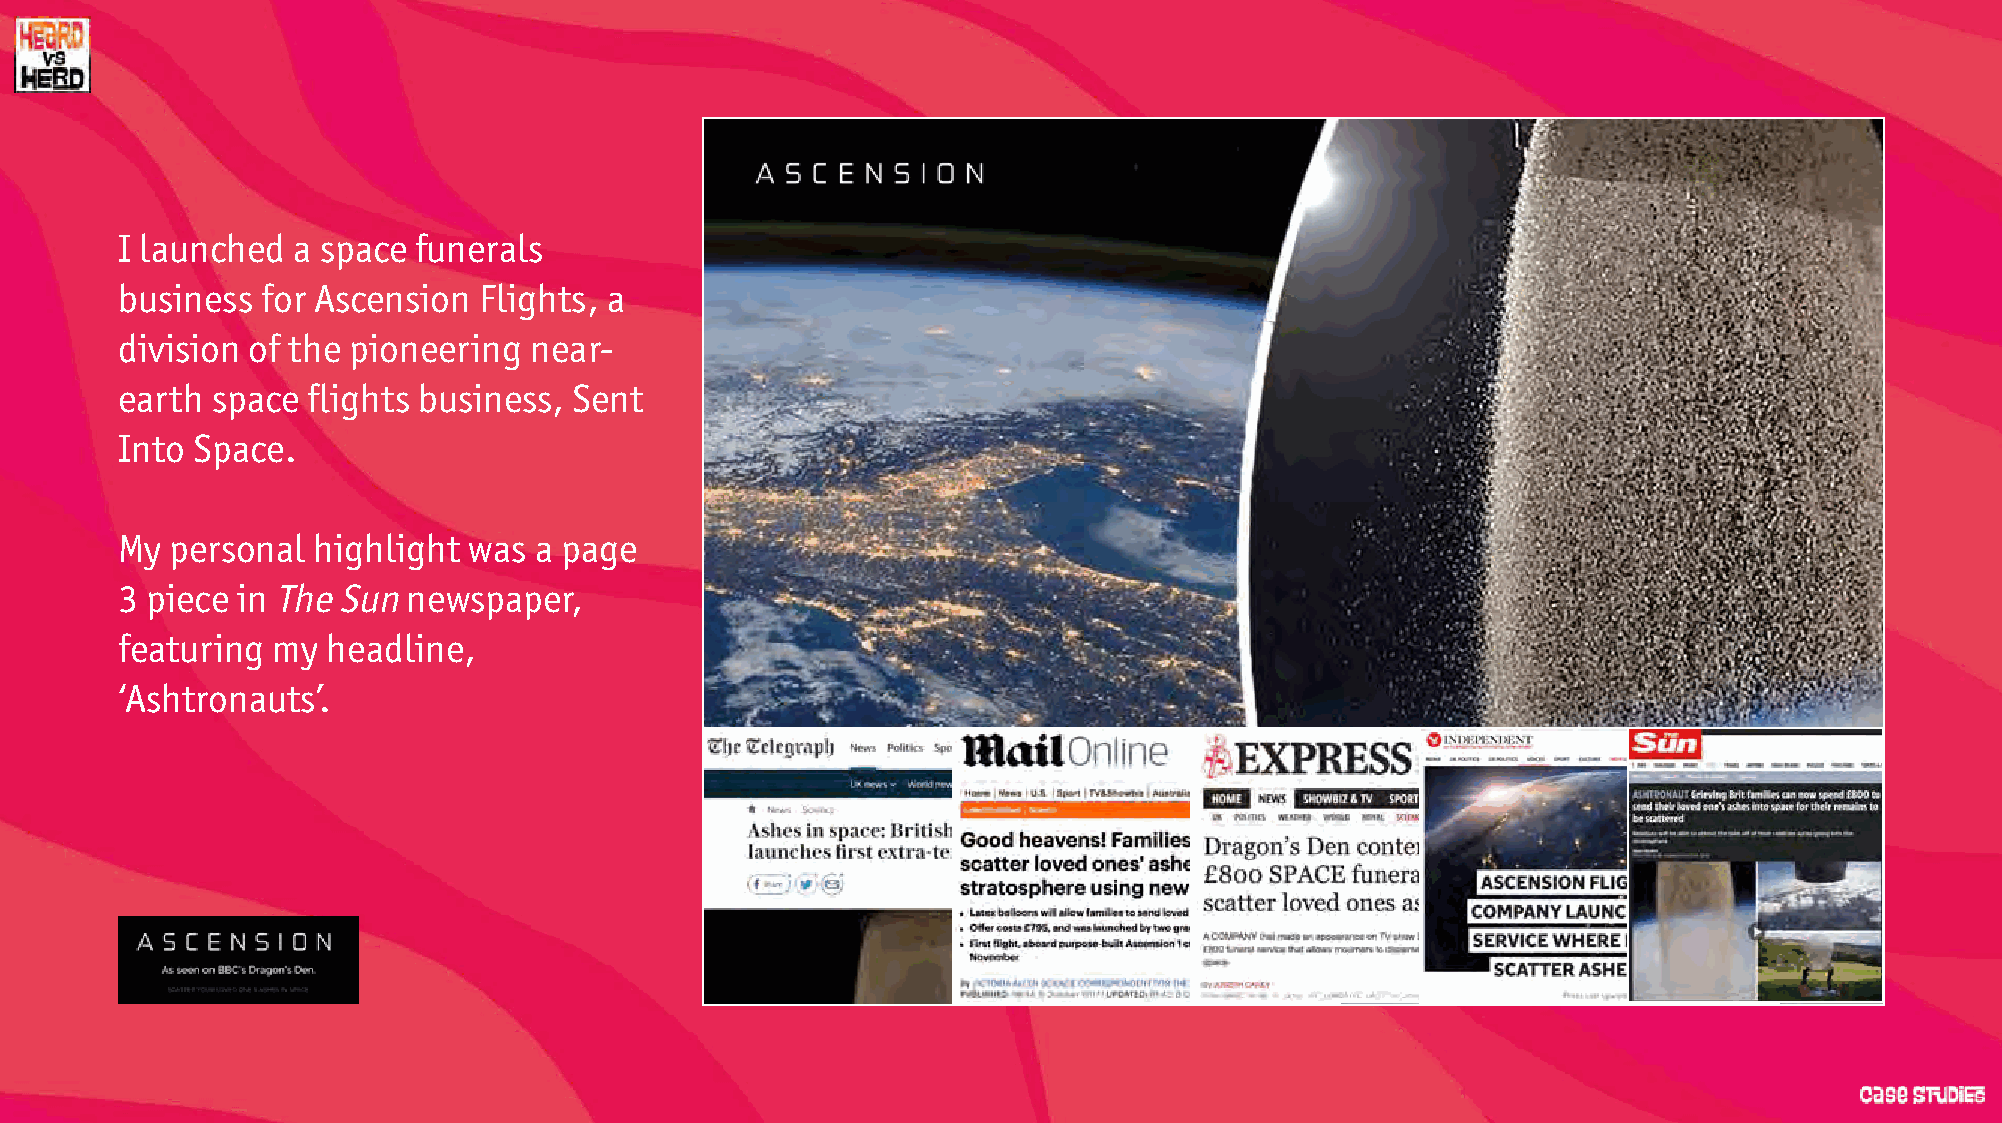
I launched a space  funerals
 business for Ascension  Flights, a
 division of the pioneering near-
 earth space flights business, Sent
 Into Space.
 My personal  highlight was a page
 3 piece in The Sun newspaper,
 featuring my  headline,
 ‘Ashtronauts’.